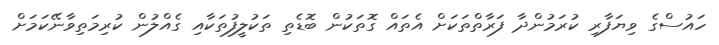
ހައުސްގެ ވިޔަފާރި ކުރަމުންދާ ފަރާތްތަކަށް އެތައް ގޮތަކުން ބޮޑެތި ތަކުލީފުތަކާއި ގެއްލުން ކުރިމަތިވާނޭކަމަށް